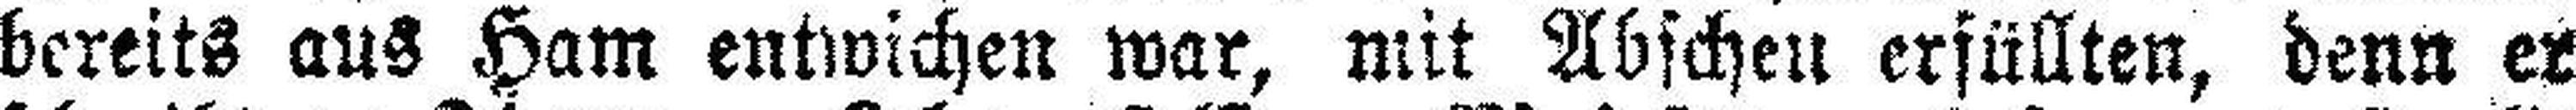
bereits aus Ham entwichen war, mit Abscheu erfüllten, denn er